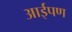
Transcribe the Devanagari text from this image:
आईपण